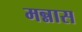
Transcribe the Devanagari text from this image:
मन्नास